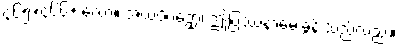
၄၆၅+၄၆၆+ လော။ အယံပိပဉှော၊ ဤပြဿနာမေးခွန်းသည်လည်း။